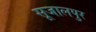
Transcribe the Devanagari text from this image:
सूजालपुर